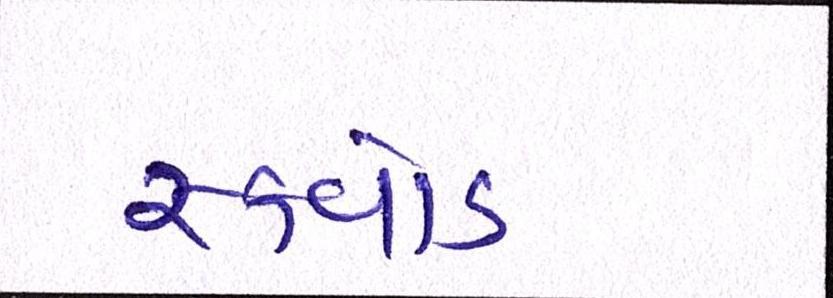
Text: સ્ક્વોડ